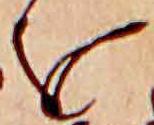
を